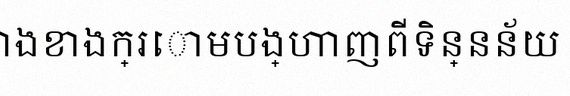
តារាងខាងក្រោមបង្ហាញពីទិន្នន័យ